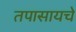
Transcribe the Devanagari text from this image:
तपासायचे